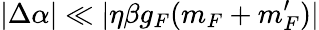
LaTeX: |\Delta\alpha|\ll|\eta\beta g_{F}(m_{F}+m_{F}^{\prime})|